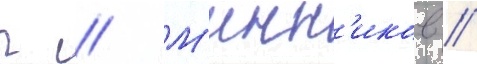
г // М'инн'иков /